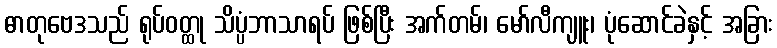
ဓာတုဗေဒသည် ရုပ်ဝတ္ထု သိပ္ပံဘာသာရပ် ဖြစ်ပြီး အက်တမ်၊ မော်လီကျူး၊ ပုံဆောင်ခဲနှင့် အခြား